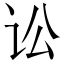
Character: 讼